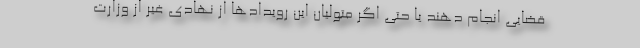
قضایی انجام دهند یا حتی اگر متولیان این رویدادها از نهادی غیر از وزارت